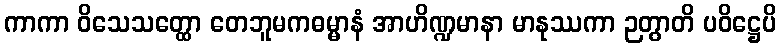
ကာကာ ဝိသေသတ္ထော တေဘူမကဓမ္မာနံ အာဟိဏ္ဍမာနာ မာနုဿကာ ဉတွာတိ ပဝိဋ္ဌေပိ